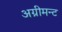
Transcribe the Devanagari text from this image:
अग्रीमन्ट